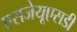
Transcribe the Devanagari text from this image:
एसजेयूएसडी